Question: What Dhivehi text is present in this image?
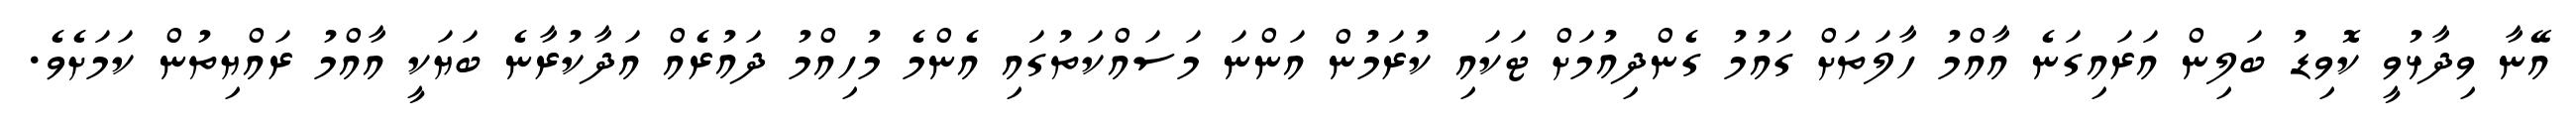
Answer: އޭނާ ވިދާޅުވީ ކޮވިޑު ބަލިން އަރައިގަނެ އާއްމު ހާލަތަށް ގައުމު ގެންދިއުމަށް ޓަކައި ކުރަމުން އަންނަ މަސައްކަތުގައި އެންމެ މުހިއްމު ދައުރެއް އަދާކުރާނެ ބަޔަކީ އާއްމު ރައްޔިތުން ކަމަށެވެ.